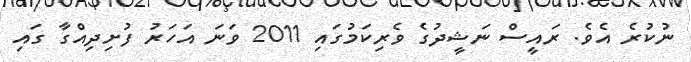
ނުކުރެ އެވެ. ރައީސް ނަޝީދުގެ ވެރިކަމުގައި 2011 ވަނަ އަހަރު ފުށިދިއްގާ ގައި